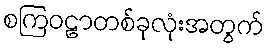
စကြဝဠာတစ်ခုလုံးအတွက်